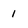
Character: 1